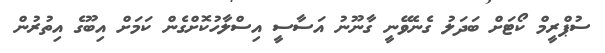
ސުޕްރީމް ކޯޓަށް ބަދަލު ގެނެވޭނީ ގާނޫނު އަސާސީ އިސްލާހުކޮށްގެން ކަމަށް އިބޫގެ އިތުރުން